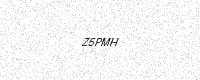
Text: Z5PMH